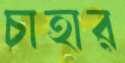
চাহার